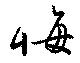
悔